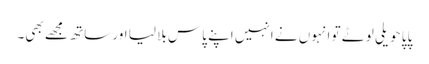
پاپا حویلی لوٹے تو انہوں نے انہیں اپنے پاس بلا لیا اور ساتھ مجھے بھی۔